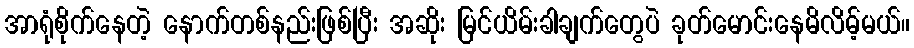
အာရုံစိုက်နေတဲ့ နောက်တစ်နည်းဖြစ်ပြီး အဆိုး မြင်ယိမ်းခါချက်တွေပဲ ခုတ်မောင်းနေမိလိမ့်မယ်။